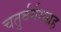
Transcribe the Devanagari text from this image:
चतुर्वर्गसग्रह